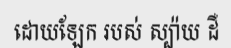
ដោយឡែក របស់ ស្ប៉ាយ ដឺ